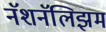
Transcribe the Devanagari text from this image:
नॅशनॅलिझम